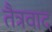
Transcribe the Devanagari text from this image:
तैत्रवाद